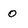
Character: 0